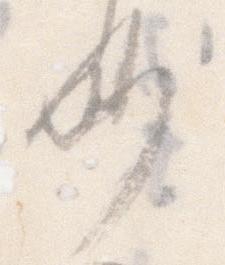
妙